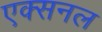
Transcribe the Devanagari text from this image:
एक्सनल